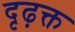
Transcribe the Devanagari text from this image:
दृढ़क्त